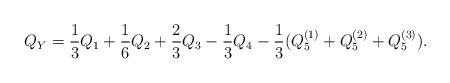
LaTeX: \begin{align*}Q_Y=\frac{1}{3}Q_1+\frac{1}{6}Q_2+\frac{2}{3}Q_3-\frac{1}{3}Q_4-\frac{1}{3}(Q_5^{(1)}+Q_5^{(2)}+Q_5^{(3)}).\end{align*}